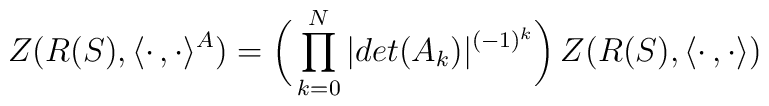
Z(R(S),\langle\cdot\,,\cdot\rangle^A)=\biggl(\,\prod_{k=0}^N|det(A_k)|^{(-1)^k}\biggr)\,Z(R(S),\langle\cdot\,,\cdot\rangle)